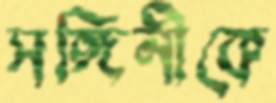
সঙ্গিনীকে